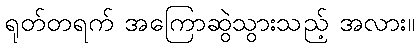
ရုတ်တရက် အကြောဆွဲသွားသည့် အလား။